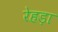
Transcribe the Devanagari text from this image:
रेहड़ा